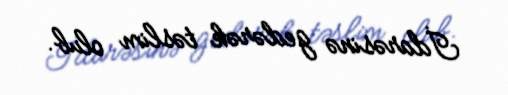
İdarəsinə gedərək təslim olub.